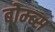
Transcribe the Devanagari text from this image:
बोम्ब्स